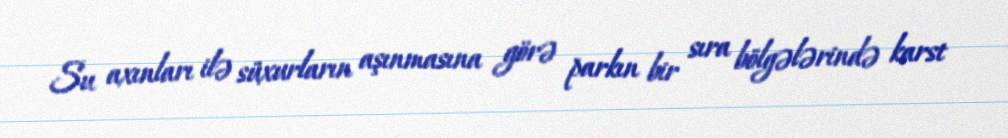
Su axınları ilə süxurların aşınmasına görə parkın bir sıra bölgələrində karst